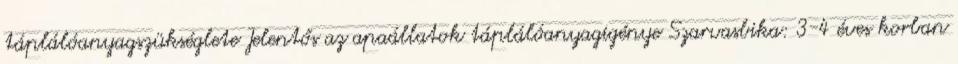
táplálóanyagszükséglete Jelentős az apaállatok táplálóanyagigénye Szarvasbika: 3-4 éves korban